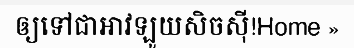
ឲ្យទៅជាអាវឡូយសិចស៊ី!Home »